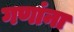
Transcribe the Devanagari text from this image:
गणांना